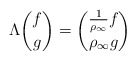
\begin{align*}\Lambda\binom{f}{g}=\binom{\tfrac{1}{\rho_\infty} f}{\rho_\infty g}\end{align*}